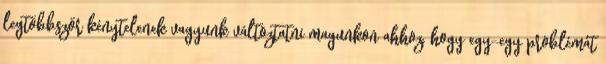
legtöbbször kénytelenek vagyunk változtatni magunkon ahhoz, hogy egy-egy problémát